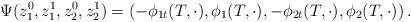
LaTeX: \begin{align*}\Psi(z_{1}^{0},z_{1}^{1},z_{2}^{0},z_{2}^{1})=(-\phi_{1t}(T,\cdot),\phi_{1}(T,\cdot),-\phi_{2t}(T,\cdot),\phi_{2}(T,\cdot))\,.\end{align*}